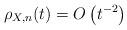
LaTeX: \begin{align*} \rho_{X,n}(t) = O\left( t^{-2} \right)\end{align*}